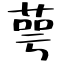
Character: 萼